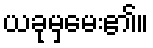
ယခုမှမေး၏။